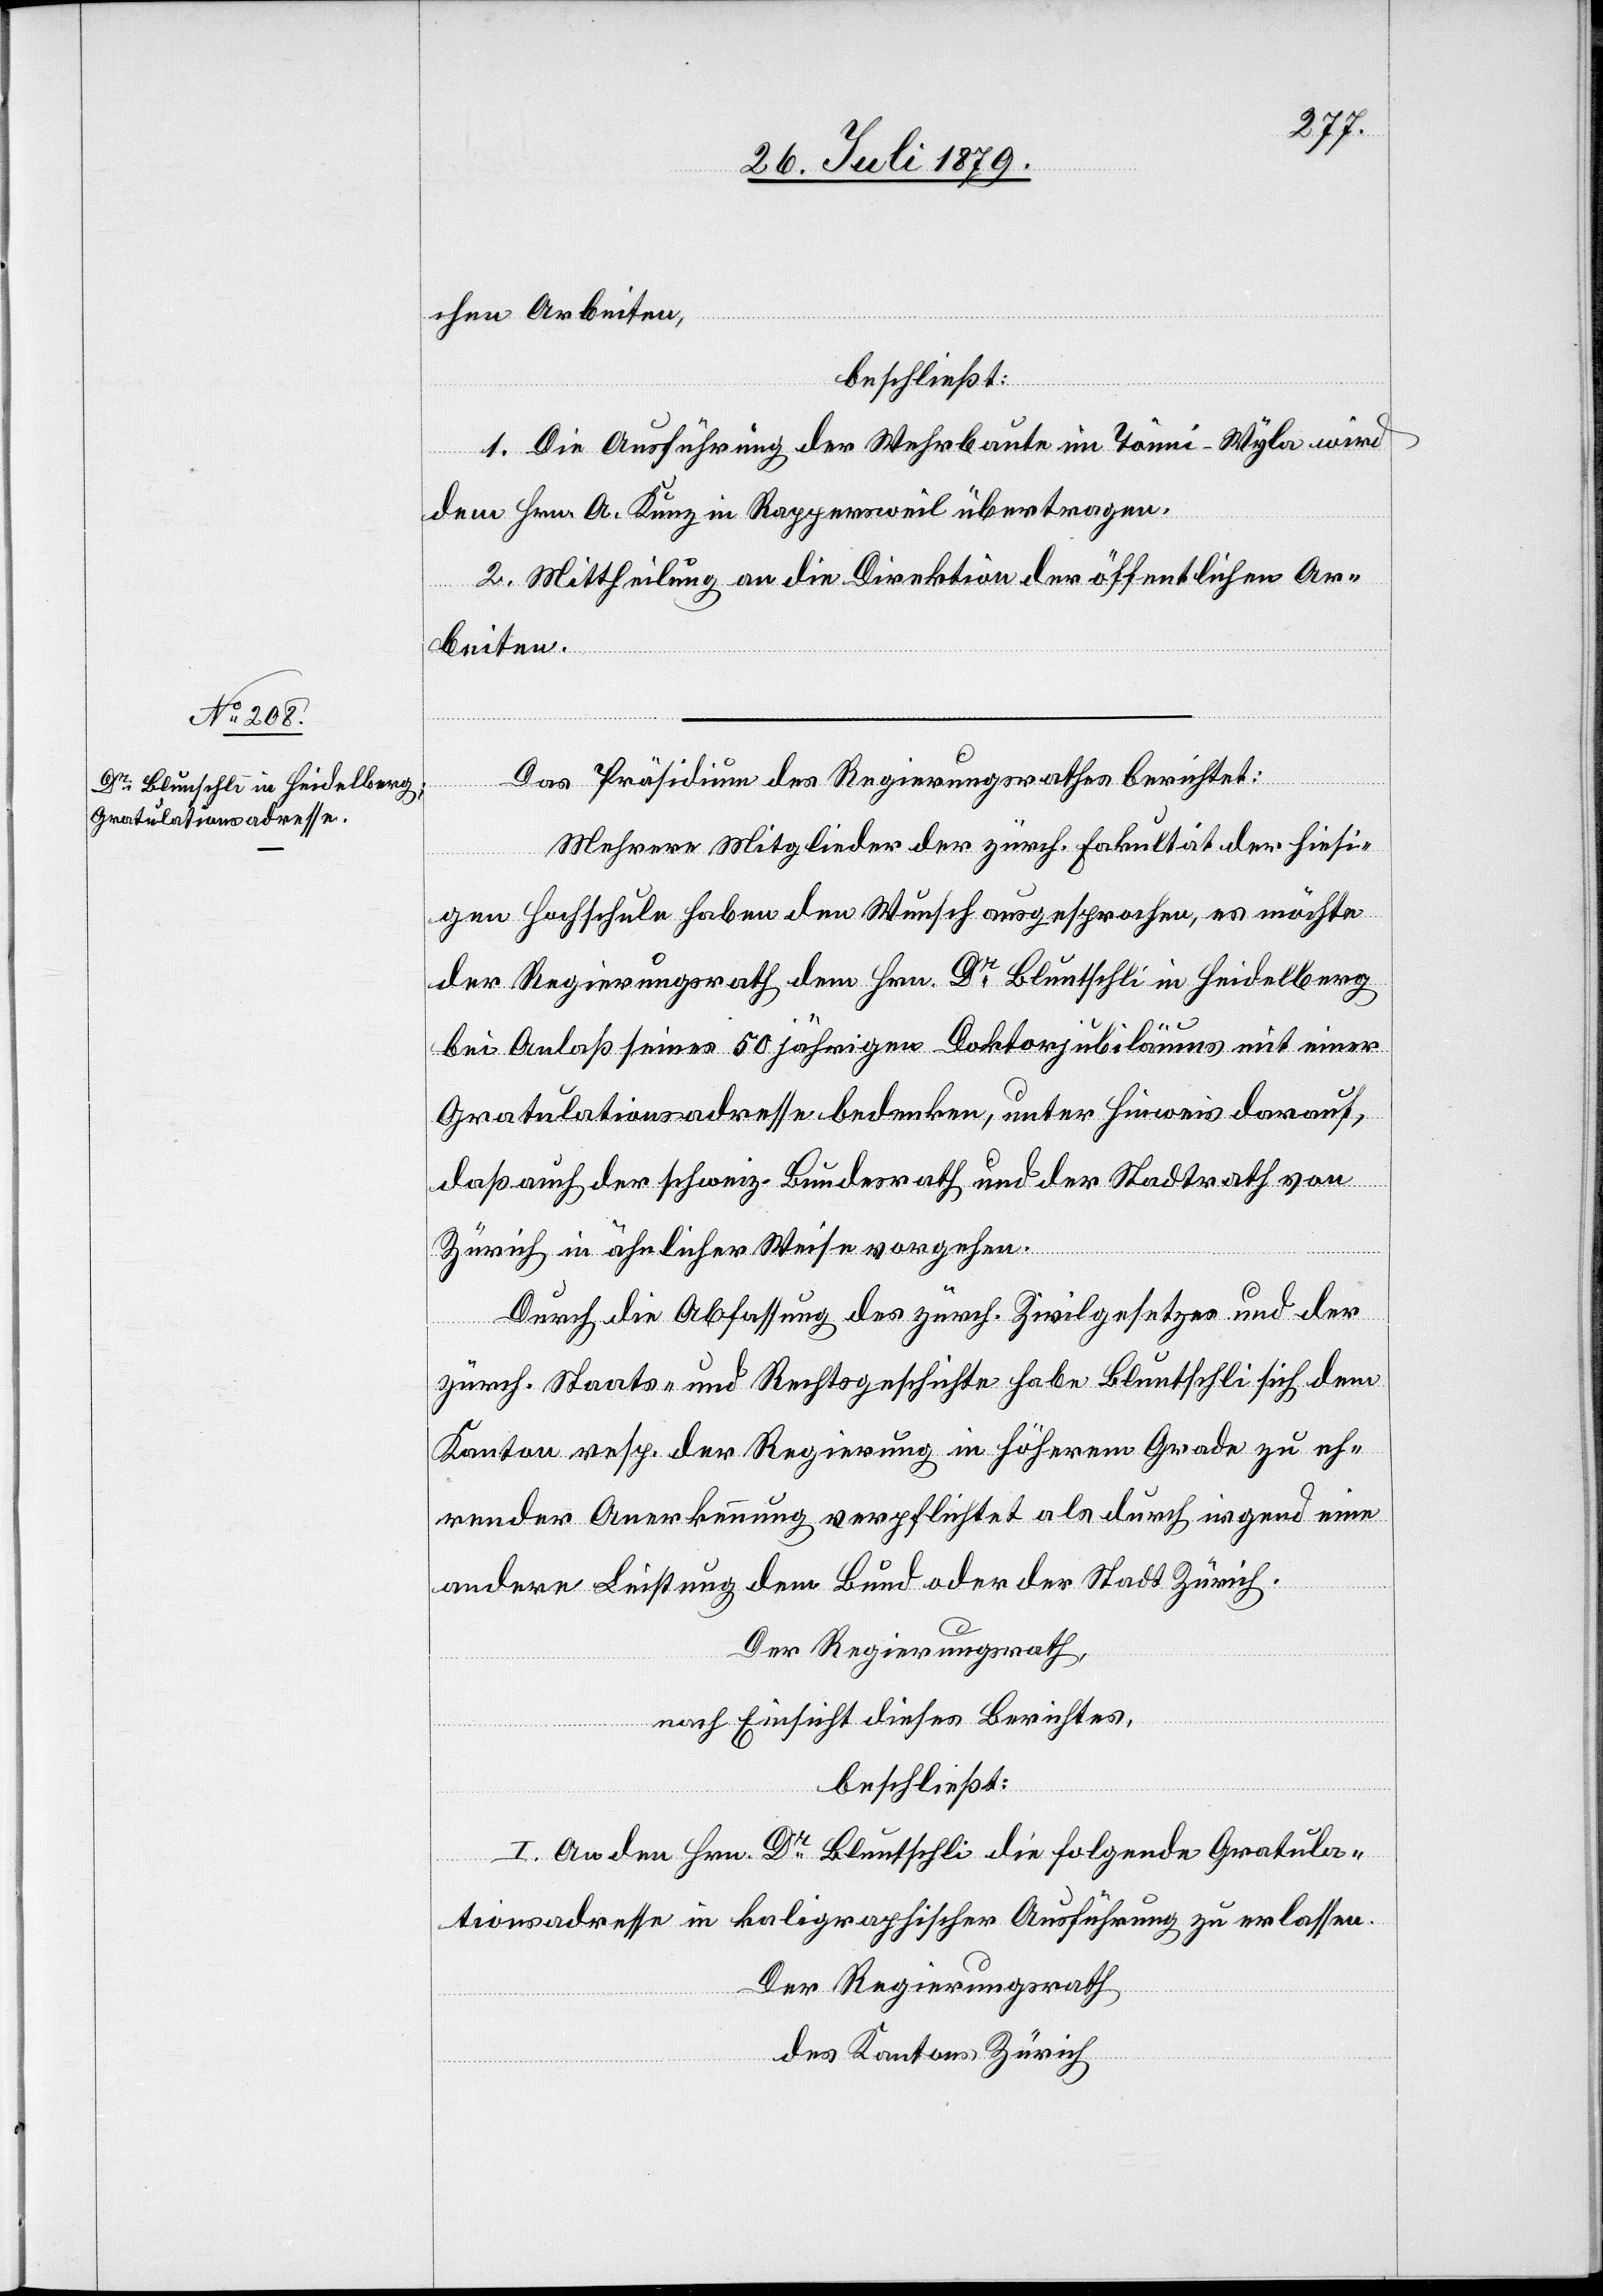
29. Juli 1879.]
chen Arbeiten,
beschließt:
1. Die Ausführung der Wehrbaute im Tönni - Wyla wird
dem Hrn. A. Kunz in Rappersweil übertragen.
2. Mittheilung an die Direktion der öffentlichen Ar¬
beiten.
Das Präsidium des Regierungsrathes berichtet:
Mehrere Mitglieder der zürch. Fakultät der hiesi¬
gen Hochschule haben den Wunsch ausgesprochen, es möchte
der Regierungsrath dem Hrn. Dr Bluntschli [sic!] in Heidelberg
bei Anlaß seines 50jährigen Doktorjubiläums mit einer
Gratulationsadresse bedenken, unter Hinweis darauf,
daß auch der schweiz. Bundesrath und der Stadtrath von
Zürich in ähnlicher Weise vorgehen.
Durch die Abfassung des zürch. Zivilgesetzes und der
zürch. Staats- und Rechtsgeschichte habe Bluntschli sich dem
Kanton resp. der Regierung in höherem Grade zu eh¬
render Anerkennung verpflichtet als durch irgend eine
andere Leistung dem Bund oder der Stadt Zürich.
Der Regierungsrath,
nach Einsicht dieses Berichtes,
beschließt:
I. An den Hrn. Dr Bluntschli die folgende Gratula¬
tionsadresse in kaligraphischer Ausführung zu erlassen.
Der Regierungsrath
des Kantons Zürich